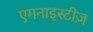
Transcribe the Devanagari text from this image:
एगनाइस्टीज़